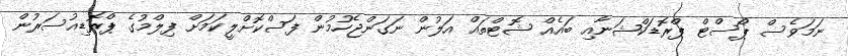
ނަމަވެސް ޕޯސްޓް ޕްރޮޑަކްޝަނާއި ބައެއް ޝޮޓްތައް އަލުން ނަގަންޖެހުމުން ފަސްކޮށްލީކަމަށް ފިލްމުގެ ޕްރޮޑިއުސަރުން